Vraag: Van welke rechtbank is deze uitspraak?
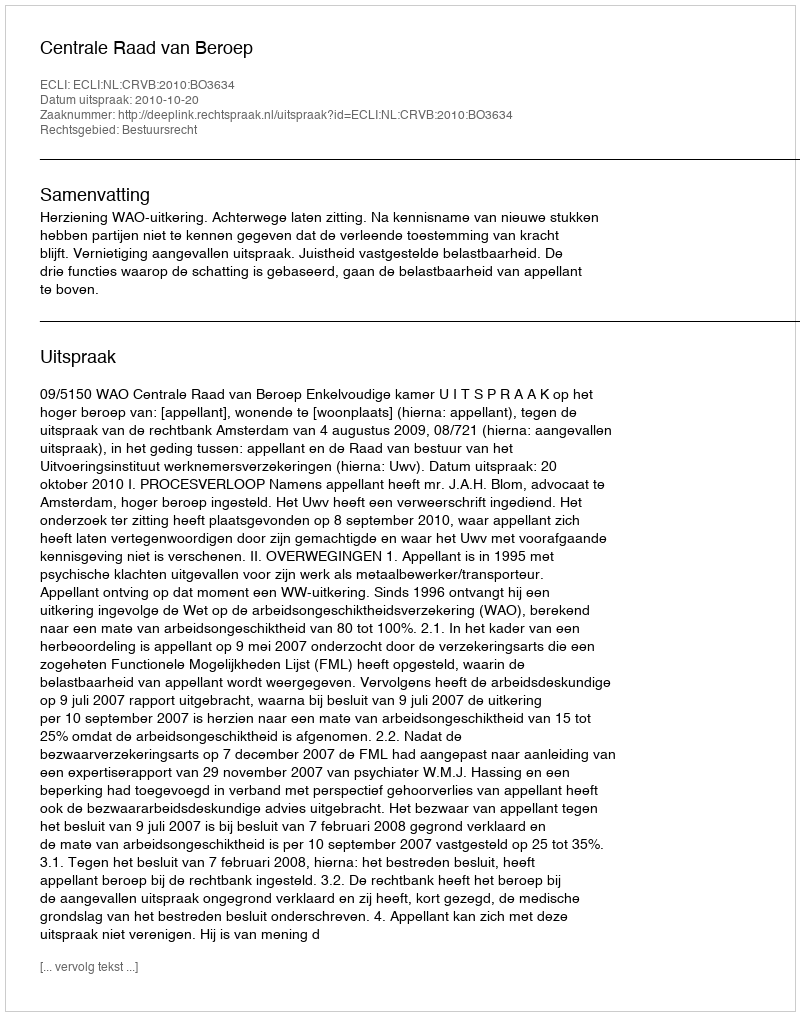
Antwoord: Centrale Raad van Beroep